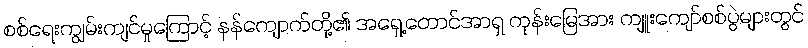
စစ်ရေးကျွမ်းကျင်မှုကြောင့် နန်ကျောက်တို့၏ အရှေ့တောင်အာရှ ကုန်းမြေအား ကျူးကျော်စစ်ပွဲများတွင်